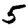
Digit: 5